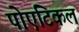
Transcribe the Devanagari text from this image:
पोएटिकल